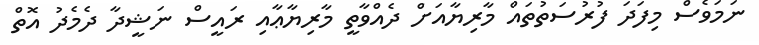
ނަމަވެސް މިފަދަ ފުރުސަތުތައް މާރިޔާއަށް ދެއްވާތީ މާރިޔާޢާއި ރައީސް ނަޝީދާ ދެމެދު އޮތް